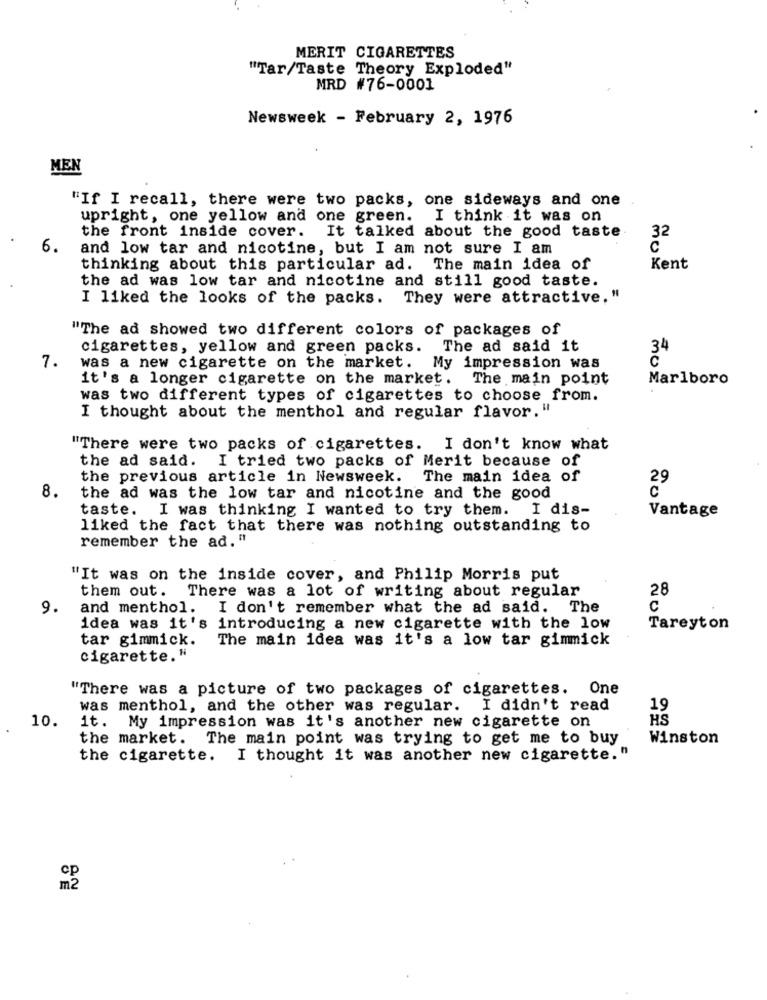
MERIT CIGARETTES
"Tar/Taste Theory Exploded"
MRD #76-0001
Newsweek - February 2, 1976
MEN
"If I recall, there were two packs, one sideways and one
upright, one yellow and one green. I think it was on
the front inside cover. It talked about the good taste
32
6.
and low tar and nicotine, but I am not sure I am
thinking about this particular ad. The main idea of
Kent
the ad was low tar and nicotine and still good taste.
I liked the looks of the packs. They were attractive. "
"The ad showed two different colors of packages of
cigarettes, yellow and green packs.
The ad said it
34
7.
was a new cigarette on the market.
My impression was
it's a longer cigarette on the market. The main point
Marlboro
was two different types of cigarettes to choose from.
I thought about the menthol and regular flavor. "
"There were two packs of cigarettes. I don't know what
the ad said. I tried two packs of Merit because of
the previous article in Newsweek.
The main idea of
29
8.
the ad was the low tar and nicotine and the good
taste. I was thinking I wanted to try them.
I dis-
Vantage
liked the fact that there was nothing outstanding to
remember the ad."
"It was on the inside cover, and Philip Morris put
them out. There was a lot of writing about regular
28
9.
and menthol. I don't remember what the ad said. The
C
idea was it's introducing a new cigarette with the low
Tareyton
tar gimmick.
The main idea was it's a low tar gimmick
cigarette."
"There was a picture of two packages of cigarettes. One
was menthol, and the other was regular. I didn't read
19
10.
HS
it. My impression was it's another new cigarette on
the market. The main point was trying to get me to buy
Winston
the cigarette. I thought it was another new cigarette."